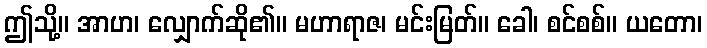
ဤသို့။ အာဟ၊ လျှောက်ဆို၏။ မဟာရာဇ၊ မင်းမြတ်။ ခေါ၊ စင်စစ်။ ယတော၊